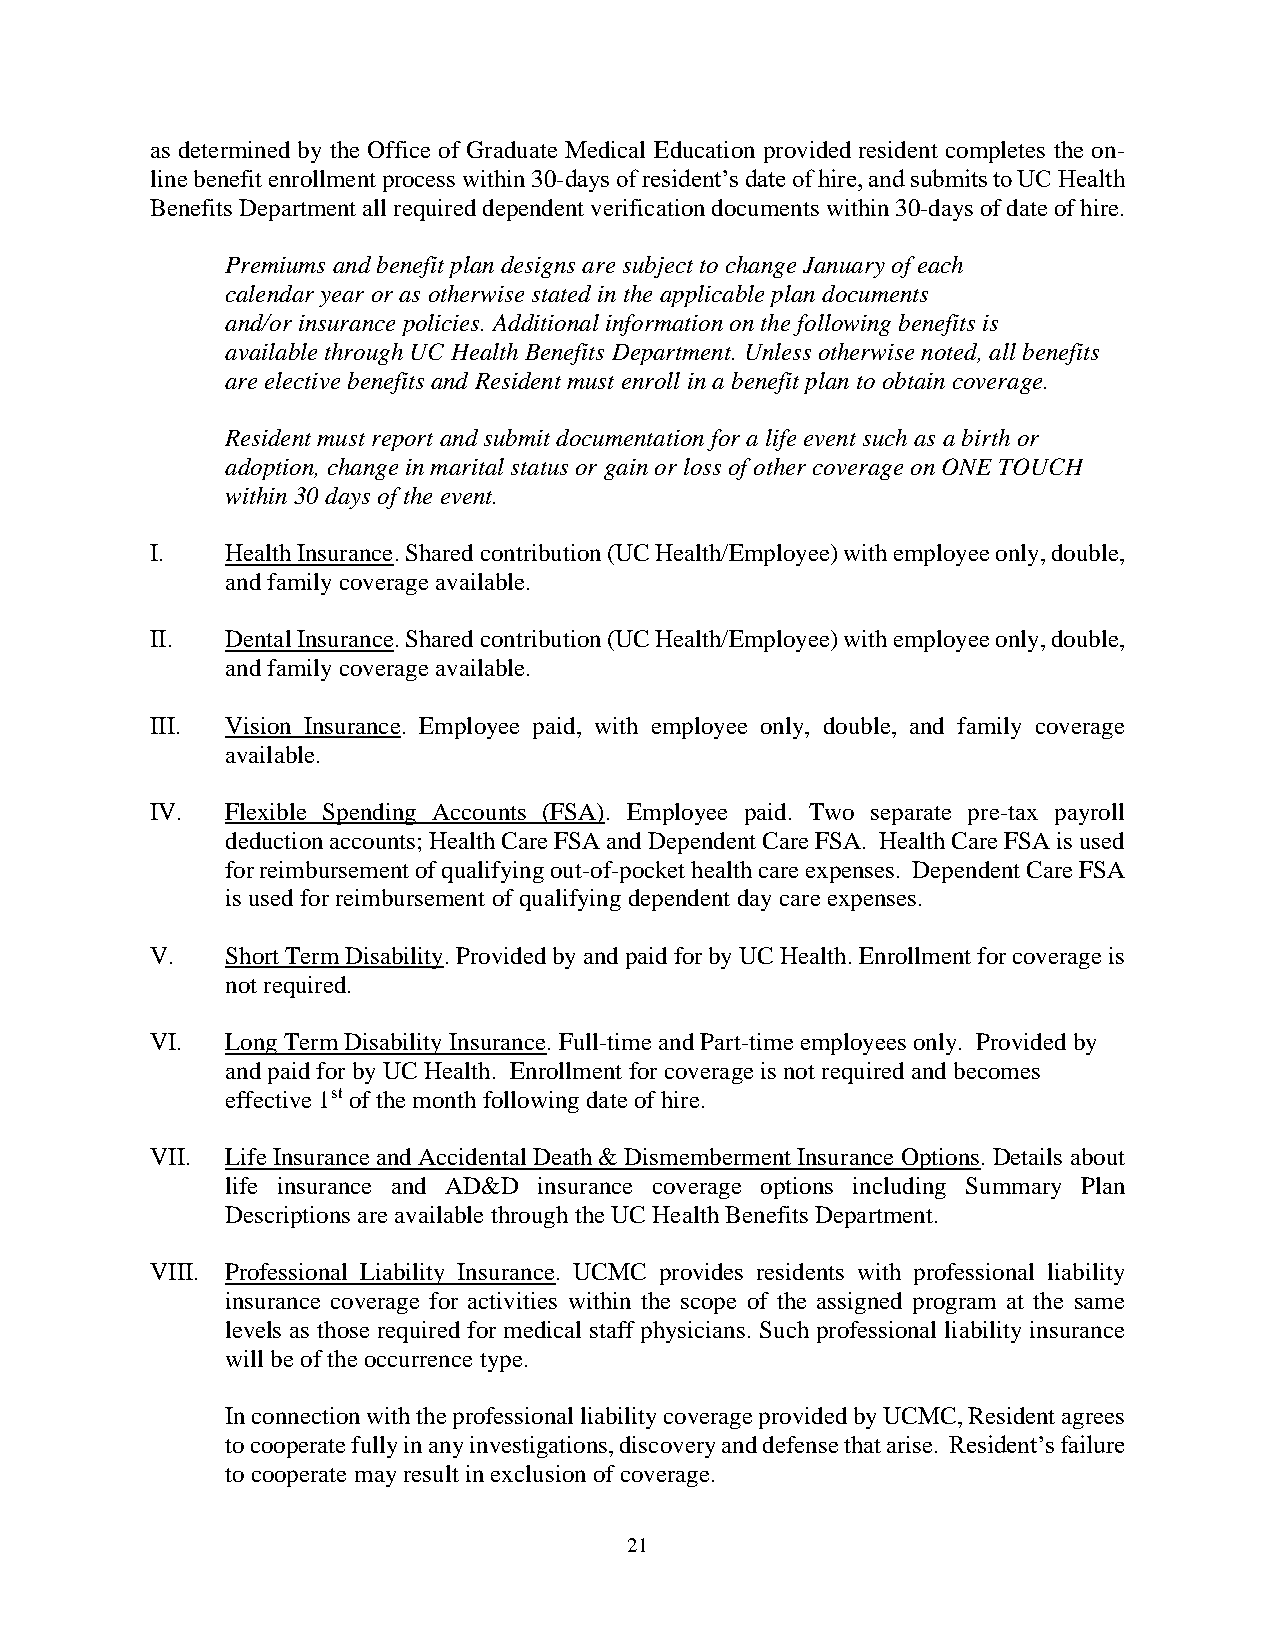
as determined by the Office of Graduate Medical Education provided resident completes the on-
 line benefit enrollment process within 30-days of resident’s date of hire, and submits to UC Health
 Benefits Department all required dependent verification documents within 30-days of date of hire.
 Premiums and benefit plan designs are subject to change January of each
 calendar year or as otherwise stated in the applicable plan documents
 and/or insurance policies. Additional information on the following benefits is
 available through UC Health Benefits Department. Unless otherwise noted, all benefits
 are elective benefits and Resident must enroll in a benefit plan to obtain coverage.
 Resident must report and submit documentation for a life event such as a birth or
 adoption, change in marital status or gain or loss of other coverage on ONE TOUCH
 within 30 days of the event.
 I.   Health Insurance. Shared contribution (UC Health/Employee) with employee only, double,
 and family coverage available.
 II.  Dental Insurance. Shared contribution (UC Health/Employee) with employee only, double,
 and family coverage available.
 III. Vision Insurance. Employee paid, with employee only, double, and family coverage
 available.
 IV.  Flexible Spending Accounts (FSA). Employee paid. Two separate pre-tax payroll
 deduction accounts; Health Care FSA and Dependent Care FSA. Health Care FSA is used
 for reimbursement of qualifying out-of-pocket health care expenses. Dependent Care FSA
 is used for reimbursement of qualifying dependent day care expenses.
 V.   Short Term Disability. Provided by and paid for by UC Health. Enrollment for coverage is
 not required.
 VI.  Long Term Disability Insurance. Full-time and Part-time employees only. Provided by
 and paid for by UC Health. Enrollment for coverage is not required and becomes
 effective 1st of the month following date of hire.
 VII. Life Insurance and Accidental Death & Dismemberment Insurance Options. Details about
 life insurance and AD&D insurance coverage options including Summary Plan
 Descriptions are available through the UC Health Benefits Department.
 VIII. Professional Liability Insurance. UCMC provides residents with professional liability
 insurance coverage for activities within the scope of the assigned program at the same
 levels as those required for medical staff physicians. Such professional liability insurance
 will be of the occurrence type.
 In connection with the professional liability coverage provided by UCMC, Resident agrees
 to cooperate fully in any investigations, discovery and defense that arise. Resident’s failure
 to cooperate may result in exclusion of coverage.
 21